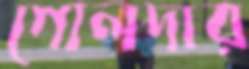
গোলদার